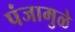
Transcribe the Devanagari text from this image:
पंजामुळे